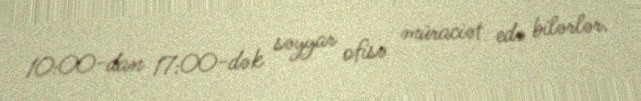
10:00-dan 17:00-dək səyyar ofisə müraciət edə bilərlər.